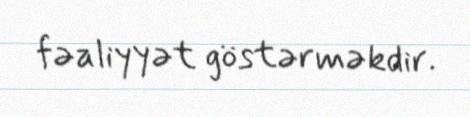
fəaliyyət göstərməkdir.